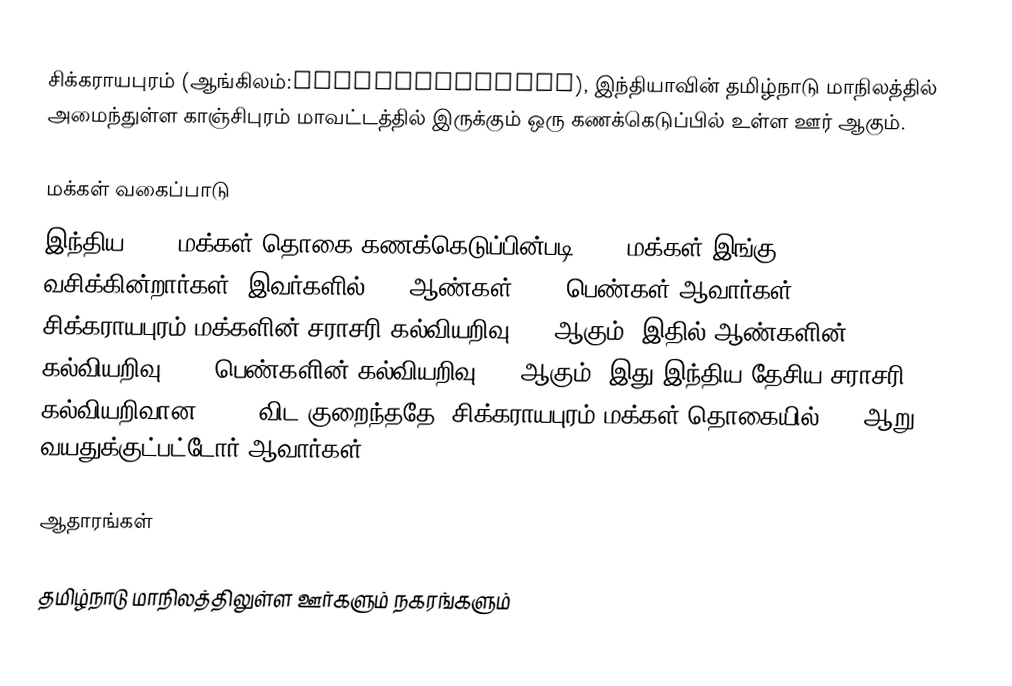
சிக்கராயபுரம் (ஆங்கிலம்:Sikkarayapuram), இந்தியாவின் தமிழ்நாடு மாநிலத்தில் அமைந்துள்ள காஞ்சிபுரம் மாவட்டத்தில் இருக்கும் ஒரு கணக்கெடுப்பில் உள்ள ஊர்  ஆகும்.

மக்கள் வகைப்பாடு
இந்திய 2001 மக்கள் தொகை கணக்கெடுப்பின்படி 5807 மக்கள் இங்கு வசிக்கின்றார்கள். இவர்களில் 53% ஆண்கள், 47% பெண்கள் ஆவார்கள். சிக்கராயபுரம் மக்களின் சராசரி கல்வியறிவு 55% ஆகும்,  இதில் ஆண்களின் கல்வியறிவு 62%,  பெண்களின் கல்வியறிவு 48% ஆகும். இது இந்திய தேசிய சராசரி கல்வியறிவான 59.5% விட குறைந்ததே. சிக்கராயபுரம் மக்கள் தொகையில் 15%  ஆறு வயதுக்குட்பட்டோர் ஆவார்கள்.

ஆதாரங்கள்

தமிழ்நாடு மாநிலத்திலுள்ள ஊர்களும் நகரங்களும்